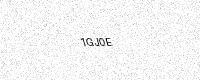
Text: 1GJ0E